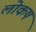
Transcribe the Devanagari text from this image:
लोकष